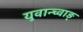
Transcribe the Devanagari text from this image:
युवान्च्वाङ्